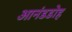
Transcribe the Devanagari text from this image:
आनंडडोह